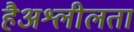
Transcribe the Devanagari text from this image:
हैअश्लीलता